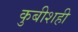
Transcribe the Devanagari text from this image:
कुबीशही